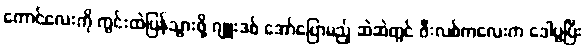
ကောင်လေးကို ကွင်းထဲပြန်သွားဖို့ ဂျူးဒစ် အော်ပြောမည့် ဆဲဆဲတွင် ဖီးလစ်ကလေးက ဒေါပွပြီး